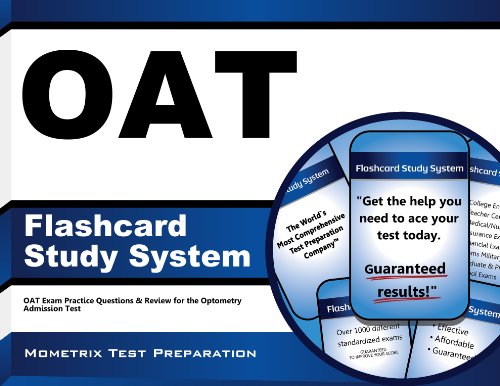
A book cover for OAT Flashcard Study System: OAT Exam Practice Questions & Review for the Optometry Admission Test (Cards); OAT Exam Secrets Test Prep Team; Medical Books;